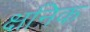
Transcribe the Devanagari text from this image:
क्षनिक